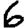
Digit: 6